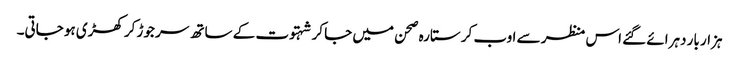
ہزار بار دہرائے گئے اس منظر سے اوب کر ستارہ صحن میں جا کر شہتوت کے ساتھ سر جوڑ کر کھڑی ہو جاتی۔